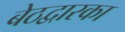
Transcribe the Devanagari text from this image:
बेठद्वारका